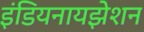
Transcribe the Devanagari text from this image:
इंडियनायझेशन